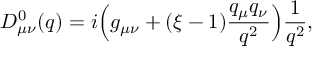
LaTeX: D _ { \mu \nu } ^ { 0 } ( q ) = i \Bigl ( g _ { \mu \nu } + ( \xi - 1 ) { \frac { q _ { \mu } q _ { \nu } } { q ^ { 2 } } } \Bigr ) { \frac { 1 } { q ^ { 2 } } } ,